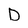
Character: D